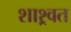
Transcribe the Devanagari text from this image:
शाश्र्वत